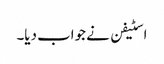
اسٹیفن نے جواب دیا۔